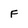
Character: F